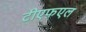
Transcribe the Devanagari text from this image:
टीएफ़एल